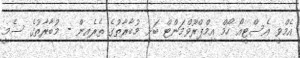
އެމްވީ އެސްޓީއޯ ހޯމް އިމްޕްރޫވްމަންޓް ބަށި މުބާރާތުގެ ތެރެއިން - މުބާރާތުގެ ސެމީ